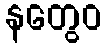
နတွေဝ